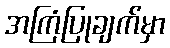
အကြံပြုချက်မှာ